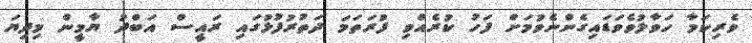
ވެރިކަމާ ހަވާލުވެވަޑައިގެންނެވުމަށް ފަހު ކުރެއްވި ފުރަތަމަ ދަތުރުފުޅުގައި ރައީސް އަބްދު ޔާމީން މިދިޔަ